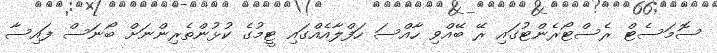
ސޮމަސެޓް ރެސްޓޯރެންޓުގައި ރޭ ބޭއްވި ހާއްސަ ހަފްލާއެއްގައި ޓީމުގެ ކުޅުންތެރިންނަށް ބޯނަސް ފައިސާ